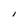
Character: l